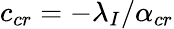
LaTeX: c_{cr}=-\lambda_{I}/\alpha_{cr}